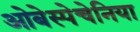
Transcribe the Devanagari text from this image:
ओबेस्पेचेनिया